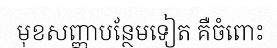
មុខសញ្ញាបន្ថែមទៀត គឺចំពោះ